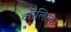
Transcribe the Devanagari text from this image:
कोलिस्क